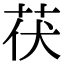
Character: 茯